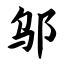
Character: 邬